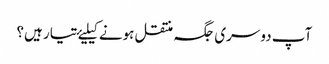
آپ دوسری جگہ منتقل ہونے کیلیۓ تیار ہیں؟